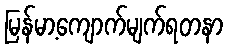
မြန်မာ့ကျောက်မျက်ရတနာ